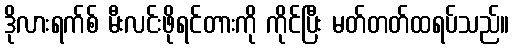
ဒိုလားရက်စ် မီးလင်းဖိုရင်တားကို ကိုင်ပြီး မတ်တတ်ထရပ်သည်။